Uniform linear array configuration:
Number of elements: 4
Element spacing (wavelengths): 1
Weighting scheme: exponential
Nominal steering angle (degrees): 15
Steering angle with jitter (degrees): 15.811
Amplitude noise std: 0.05
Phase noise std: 0.05

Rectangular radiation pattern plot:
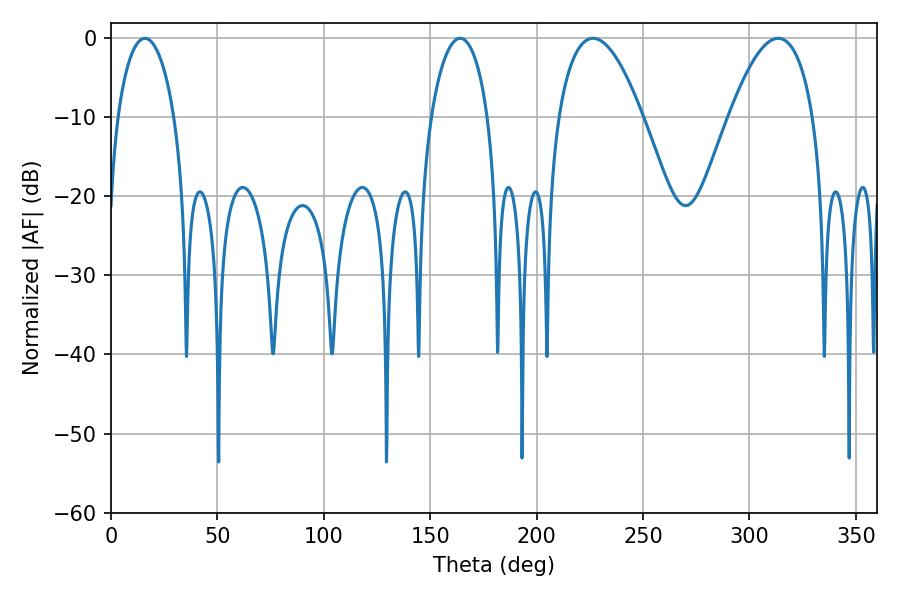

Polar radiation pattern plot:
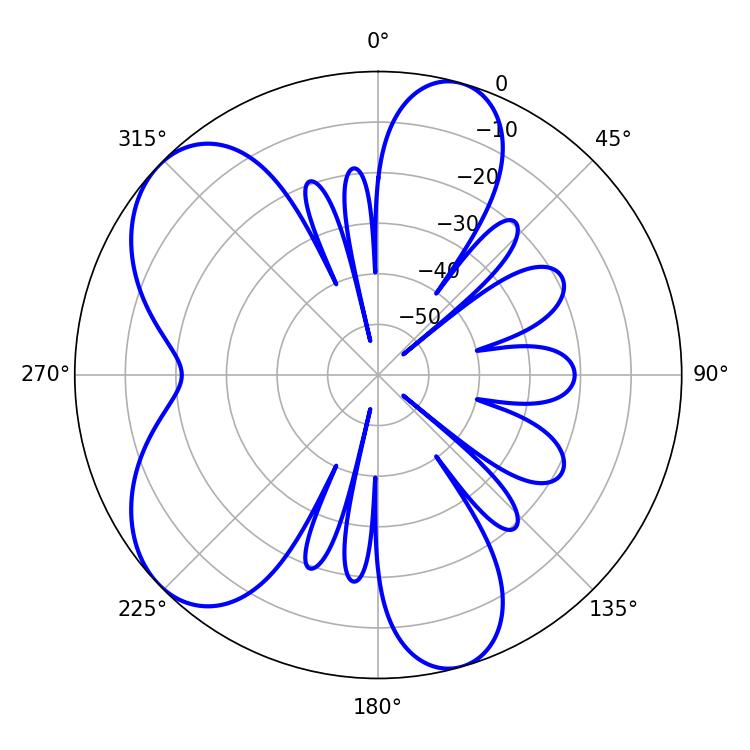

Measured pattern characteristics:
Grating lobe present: TRUE
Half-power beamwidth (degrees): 21.78
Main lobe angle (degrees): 226.44